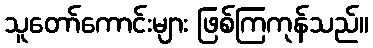
သူတော်ကောင်းများ ဖြစ်ကြကုန်သည်။